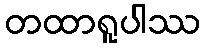
တထာရူပါဿ